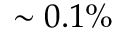
\sim 0 . 1 \%